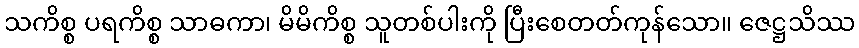
သကိစ္စ ပရကိစ္စ သာဓကာ၊ မိမိကိစ္စ သူတစ်ပါးကို ပြီးစေတတ်ကုန်သော။ ဇေဋ္ဌသိဿ